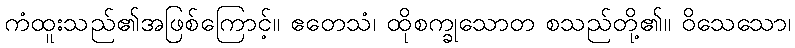
ကံထူးသည်၏အဖြစ်ကြောင့်။ ဧတေသံ၊ ထိုစက္ခုသောတ စသည်တို့၏။ ဝိသေသော၊